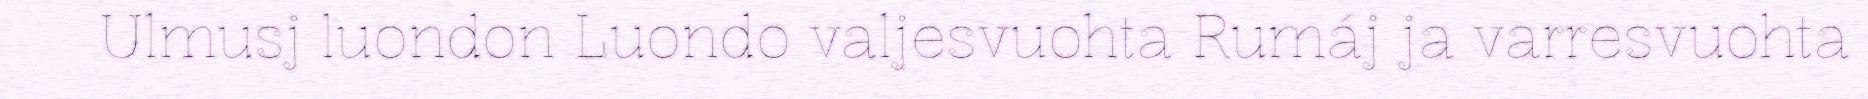
Ulmusj luondon Luondo valjesvuohta Rumáj ja varresvuohta